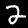
Label: 2